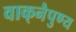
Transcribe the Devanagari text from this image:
वाक्‌नैपुण्य